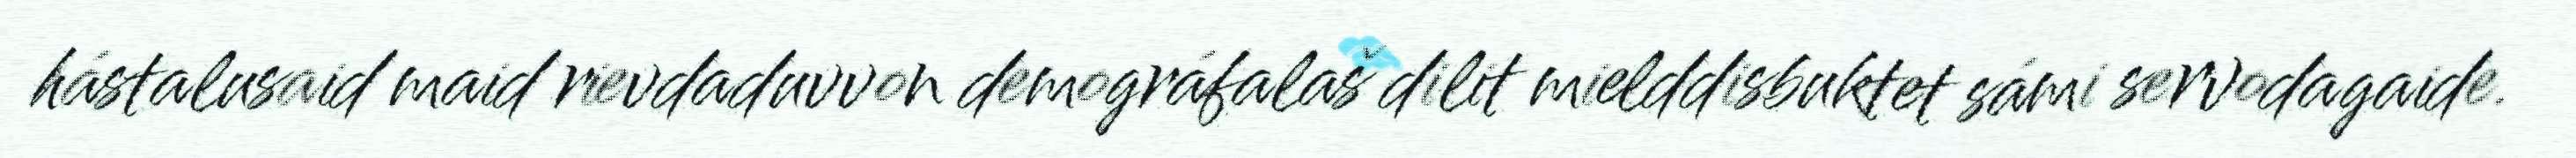
hástalusaid maid rievdaduvvon demográfalaš dilit mielddisbuktet sámi servodagaide.